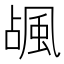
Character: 𱂽